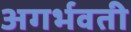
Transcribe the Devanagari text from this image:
अगर्भवती